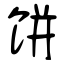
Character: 饼